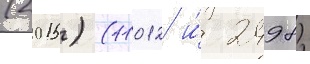
(2015) (11012 и́ 2498)